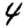
Digit: 4